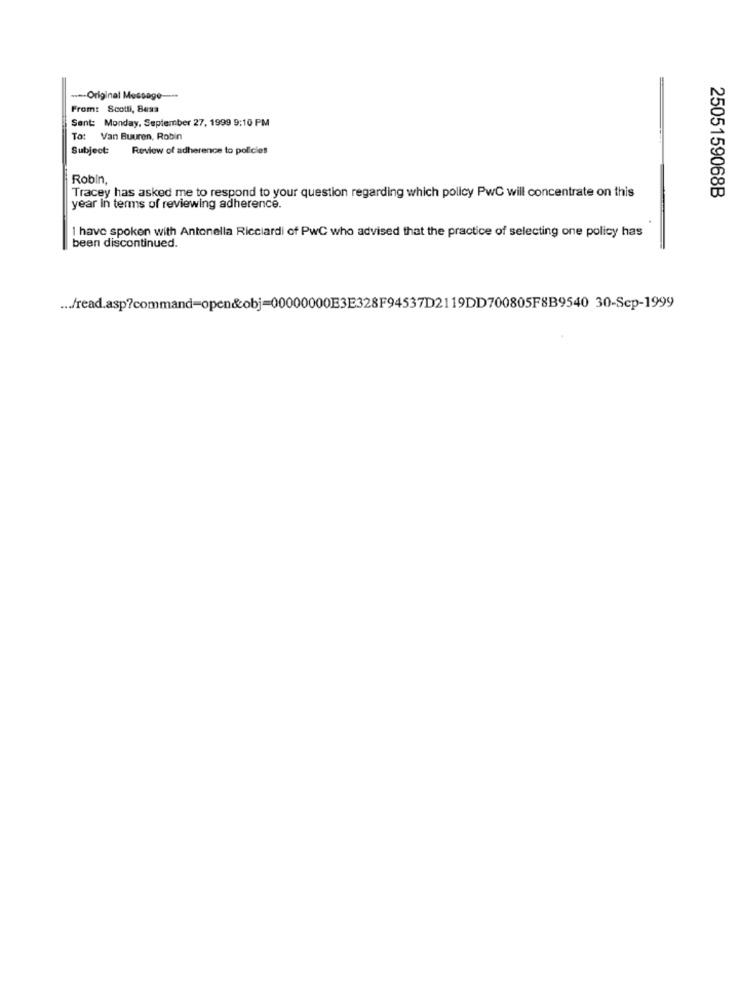
-Original Message-
From: Scotti, Bess
Sent: Monday, September 27, 1999 9:10 PM
To: Van Buuren, Robin
Subject:
Review of adherence to policies
Robin,
2505159068B
Tracey has asked me to respond to your question regarding which policy PwC will concentrate on this
year In terms of reviewing adherence.
1 have spoken with Antonella Ricciardi of PWC who advised that the practice of selecting one policy has
been discontinued.
... fread.asp?command-open&obj=00000000E3E328F94537D2119DD700805F8B9540 30-Sep-1999